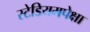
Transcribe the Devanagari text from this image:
स्टेडियमपेक्षा